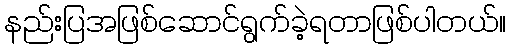
နည်းပြအဖြစ်ဆောင်ရွက်ခဲ့ရတာဖြစ်ပါတယ်။